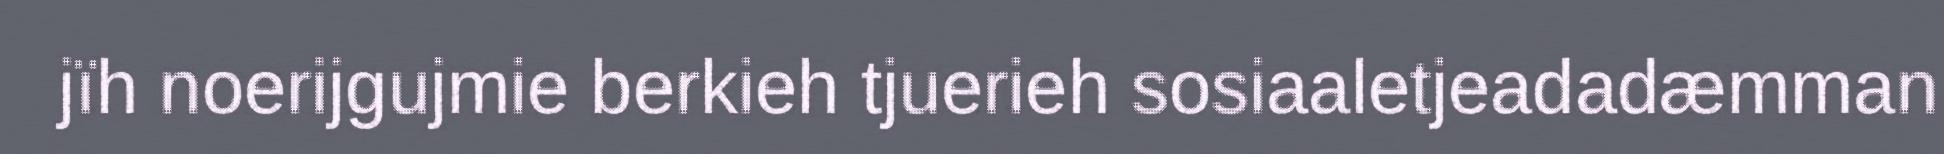
jïh noerijgujmie berkieh tjuerieh sosiaaletjeadadæmman